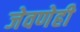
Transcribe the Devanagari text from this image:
जेवणेही